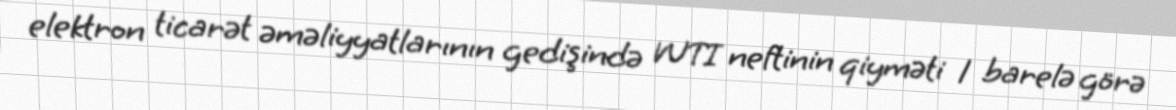
elektron ticarət əməliyyatlarının gedişində WTI neftinin qiyməti 1 barelə görə